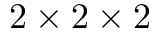
2 \times 2 \times 2